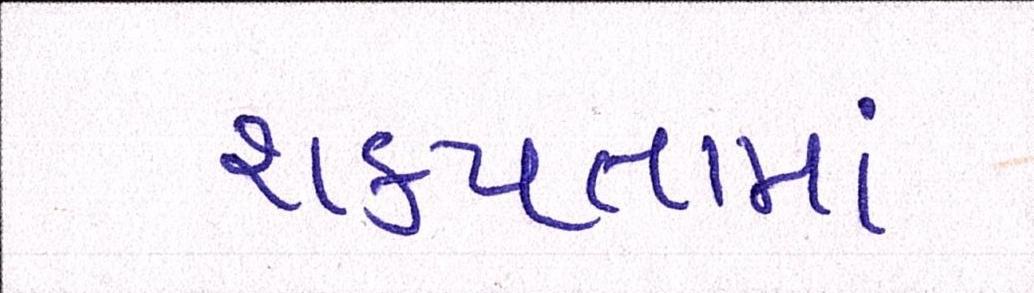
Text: શકયતામાં